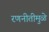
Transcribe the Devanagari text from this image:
रणनीतीमुळे